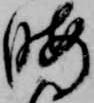
暇